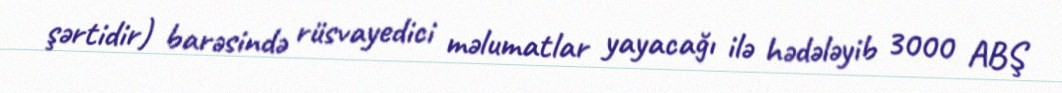
şərtidir) barəsində rüsvayedici məlumatlar yayacağı ilə hədələyib 3000 ABŞ